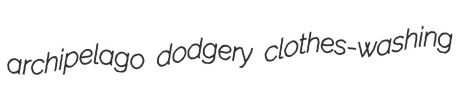
archipelago dodgery clothes-washing